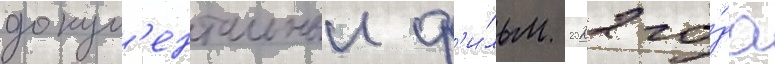
докум'ентальныи ф'и́льм 2022 го́да